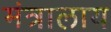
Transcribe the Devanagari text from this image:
मंत्रालाय